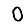
Digit: 0